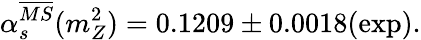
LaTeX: \alpha_{s}^{\overline{{{MS}}}}(m_{Z}^{2})=0.1209\pm 0.0018(\mathrm{exp}).